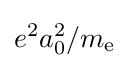
e^{2}a_{0}^{2}/m_{\text{e}}